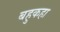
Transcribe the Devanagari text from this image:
बहुकहा